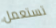
تستعمل